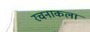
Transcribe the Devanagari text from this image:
रचनाकला